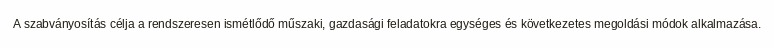
A szabványosítás célja a rendszeresen ismétlődő műszaki, gazdasági feladatokra egységes és következetes megoldási módok alkalmazása.